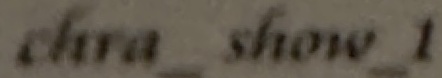
Chra_show_1